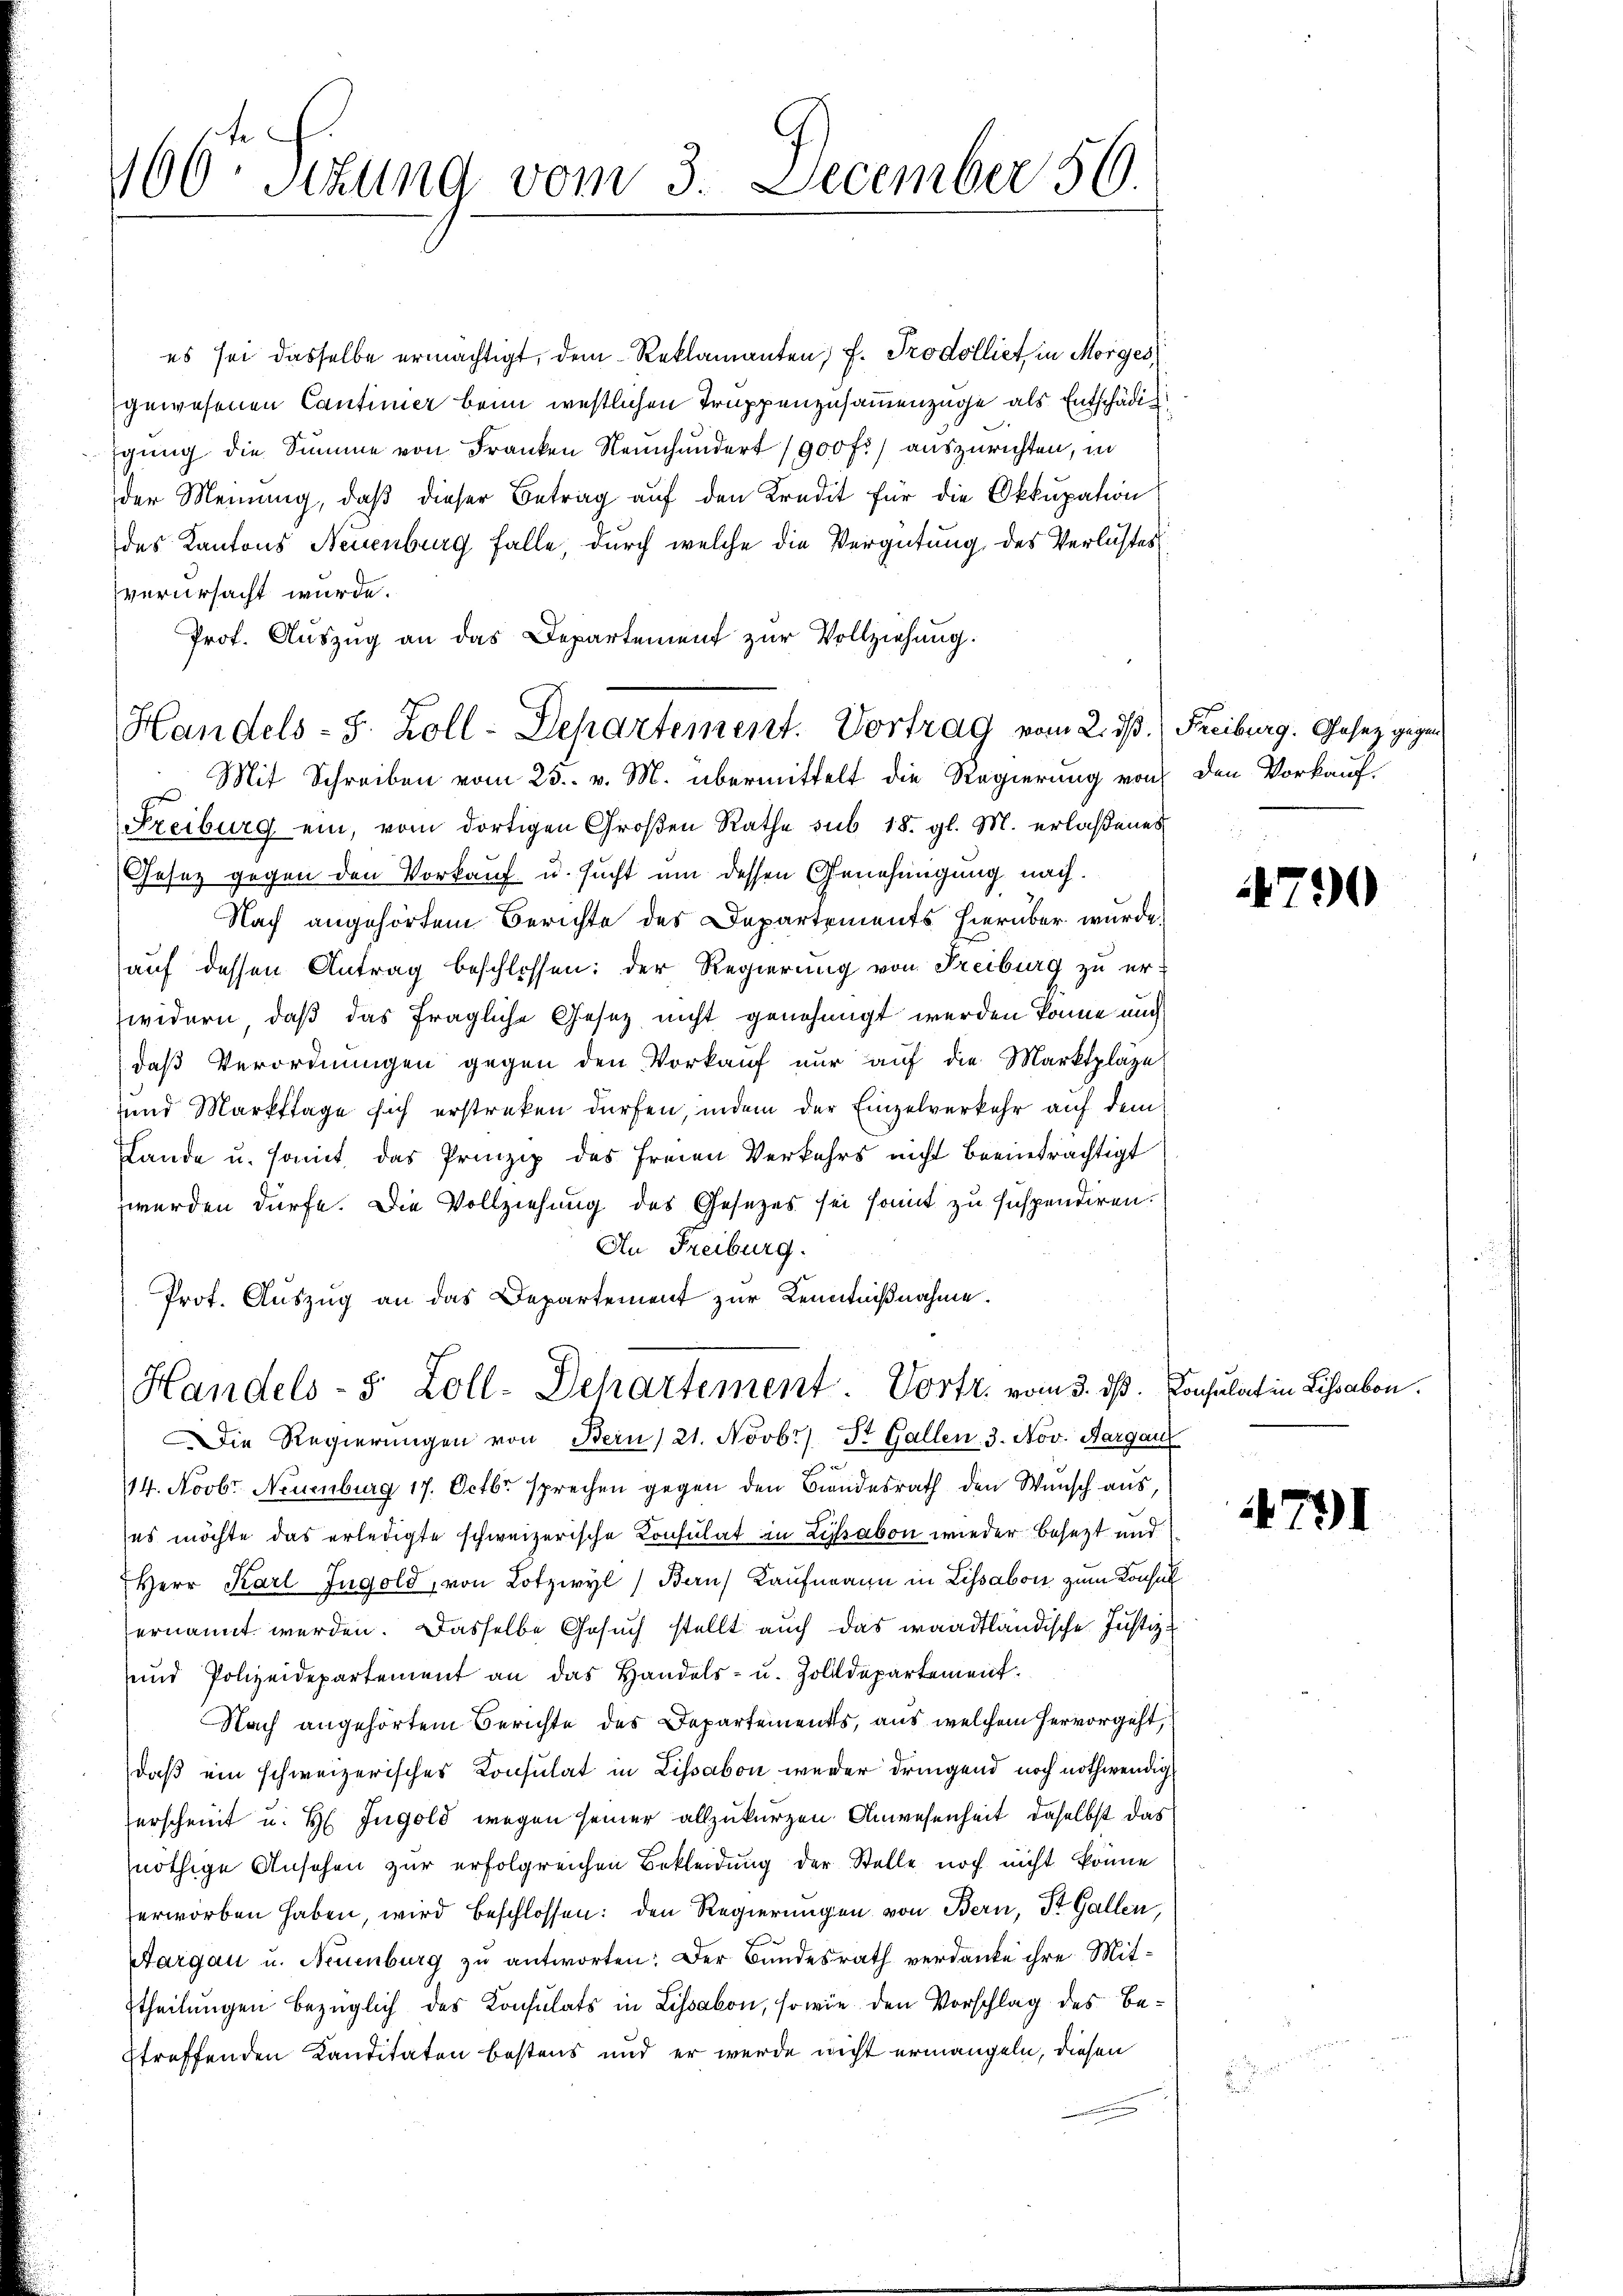
160 Sizung vom 3. December 50.

es sei dasselbe ermächtigt, dem Reklamanten, F. Prodolliet, in Morges
gewesenen Cantinier beim westlichen Truppenzusammenzüge als Entschädigu
gung die Summe von Franken Neinhundert 1900 fr.) auszurichten, in
der Meinung, daß dieser Betrag auf den Kredit für die Okkupation
des Kantons Neuenburg falle, durch welche die Vergütung des Verlustes
verursacht wurde.
Prof. Auszug an das Departement zur Vollziehung.
Mit Schreiben vom 25. v. M. übermittelt die Regierung von den Vorkauf¬
Freiburg ein, vom dortigen Großen Rathe sub 18. gl. M. erlaßenes
Jesez gegen den Vorkauf u. sucht um dessen Genehmigung nach.
Nach angehörtem Berichte des Departements hierüber wurde,
auf dessen Antrag beschlossen: der Regierung von Freiburg zu erwidern, daß das fragliche Gesetz nicht genehmigt werden könne auch
daß Verordnungen gegen den Vorkauf nur auf die Marktplaze
und Markttage sich erstreken dürfen, indem der Einzelverkehr auf dem
Lande u. somit das Prinzip des freien Verkehrs nicht beeinträchtigt
werden dürfe. Die Vollziehung des Gesetzes sei somit zu suspendiren.
An Freiburg.
Prot. Auszug an das Departement zur Kenntnißnahme.
Handels- 5 Zoll-Dehartement. Vortr. vom 3. ds. Consulat in Lissabon.
Die Regierŭngen von Bern 21. Novb.) St. Gallen, 3. Nov. Aargau
14. Novbr. Neuenburg 17. Octbr. sprechen gegen den Bindesrath den Wunsch aus,
ses möchte das erledigte schweizerische Consulat in Lyssabon wieder besezt und
Herr Karl Jngold, von Lotzwyl) Bern Kaufmann in Lissabon zum Konsul
ernannt werden. Dasselbe Gesuch stellt auch das waadtländische Justiz-
und Polizeidepartement an das Handels- u. Zolldepartement.
Nach angehörtem Berichte des Departements, aus welchem hervorgeht,
daß ein schweizerisches Konsulat in Lissabon weder dringend noch nothwendigerscheint u. H. Ingold wegen seiner allzukurzen Anwesenheit, daselbst das
nöthige Ansehen zur erfolgreichen Bekleidung der Stelle noch nicht könne
erworben haben, wird beschlossen: den Regierungen von Bern, St. Gallen,
Aargau u. Neuenburg zu antworten: Der Bundesrath verdanke ihre Mit-
ttheilungen bezüglich des Konsulats in Lissabon, sowie den Vorschlag des Beetreffenden Kanditaten bestens und er werde nicht ermangeln, diesen

Handels-S. Zoll-Departement. Vortrag vom 2. ds. Freiburg. Gesetz gegen

4790

791